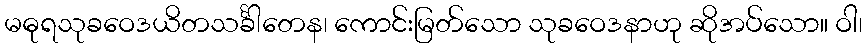
မဓုရသုခဝေဒယိတသင်္ခါတေန၊ ကောင်းမြတ်သော သုခဝေဒနာဟု ဆိုအပ်သော။ ဝါ၊